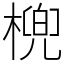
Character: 𣘛